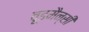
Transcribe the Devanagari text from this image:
वूडमैन्सी